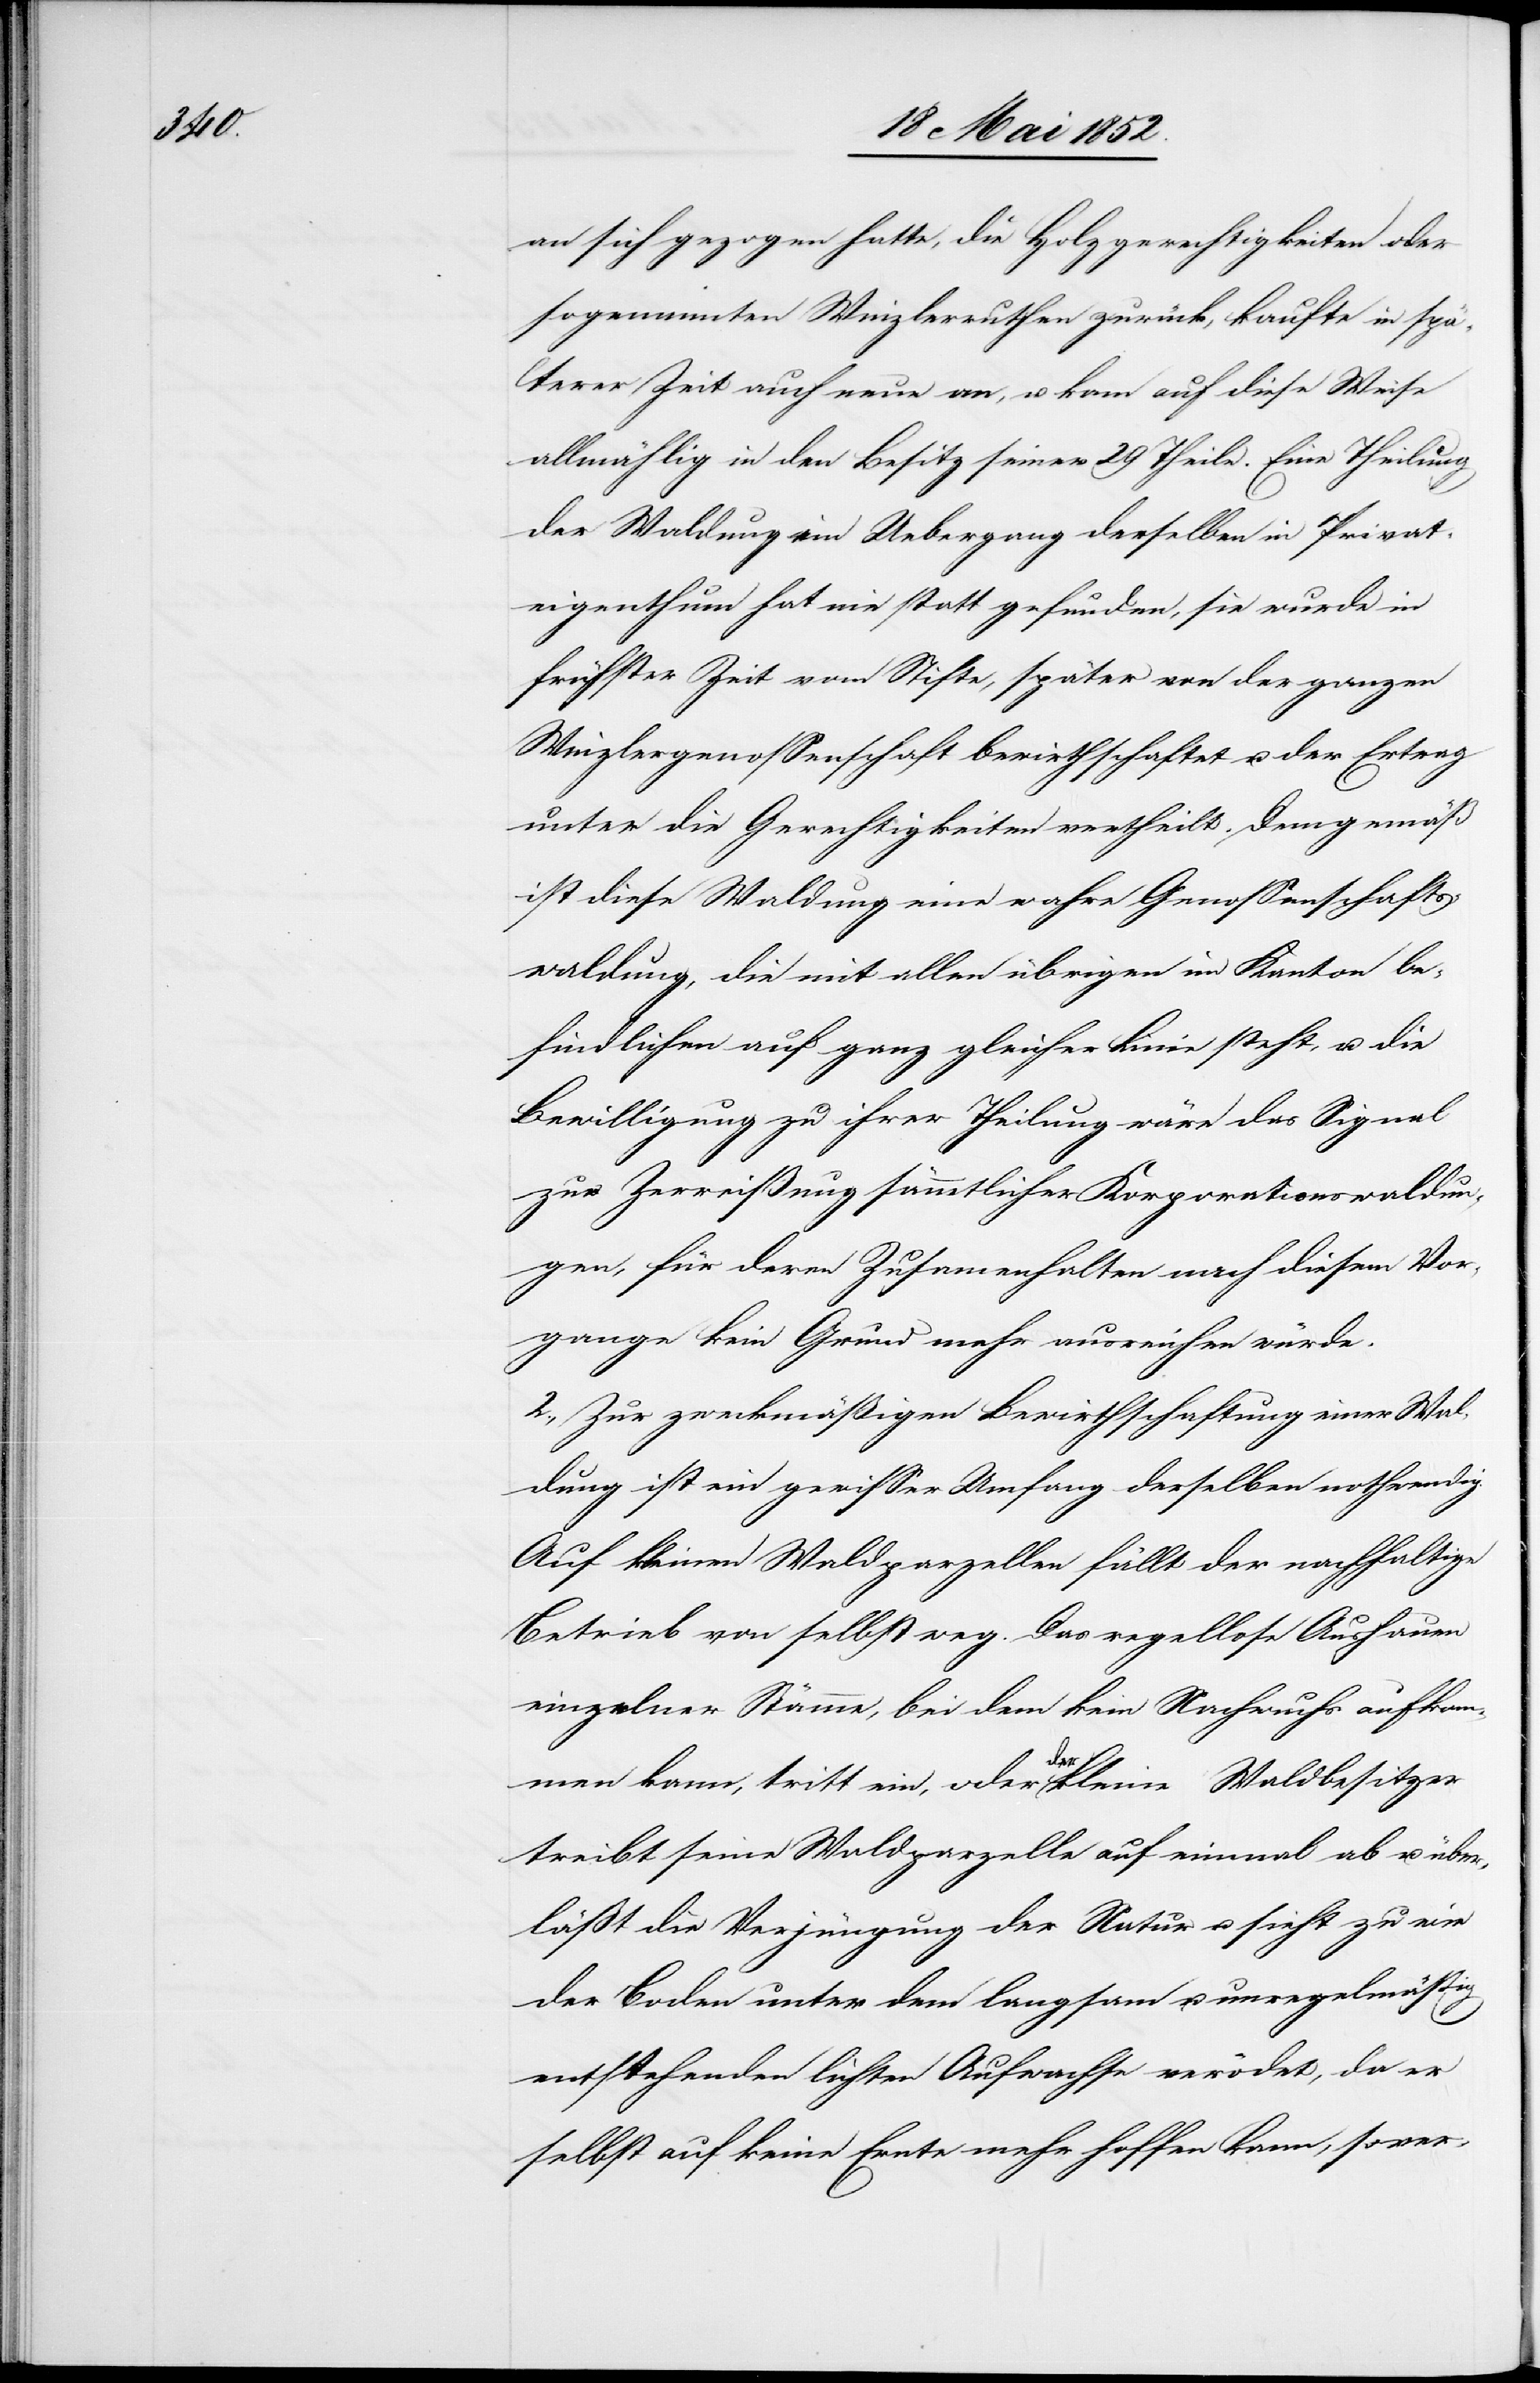
an sich gezogen hatte, die Holzgerechtigkeiten oder
sogenannten Winzlerruthen zurück, kaufte in spä¬
terer Zeit auch neue an, u. kam auf diese Weise
allmählig in den Besitz seiner 29 Theile. Eine Theilung
der Waldung im Uebergang derselben in Privat¬
eigenthum hat nie statt gefunden, sie wurde in
frühster Zeit vom Stifte, später von der ganzen
Winzlergenossenschaft bewirthschaftet u. der Ertrag
unter die Gerechtigkeiten vertheilt. Demgemäß
ist diese Waldung eine wahre Genossenschafts¬
waldung, die mit allen übrigen im Kanton be¬
findlichen auf ganz gleicher Linie steht, u. die
Bewilligung zu ihrer Theilung wäre das Signal
zur Zerreißung sämmtlicher Korporationswaldun¬
gen, für deren Zusam[m]enhalten nach diesem Vor¬
gange kein Grund mehr ausreichen würde.
2., Zur zweckmäßigen Bewirthschaftung einer Wal¬
dung ist ein gewisser Umfang derselben nothwendig.
Auf kleinen Waldparzellen fällt der nachhaltige
Betrieb von selbst weg. Das regellose Aushauen
einzelner Stämme, bei dem kein Nachwuchs aufkom¬
men kann, tritt ein, oder der kleine Waldbesitzer
treibt seine Waldparzelle auf einmal ab u. über¬
läßt die Verjüngung der Natur u. sieht zu wie
der Boden unter dem langsam u. unregelmässig
entstehenden lichten Aufwachse verödet, da er
selbst auf keine Ernte mehr hoffen kann, so ver-